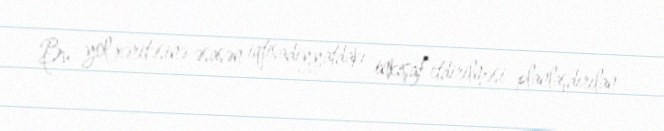
Bu yol xəritəsinə əsasən iqtisadiyyatdakı inkişaf etdirilməsi planlaşdırılan